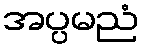
အပ္ပမညံ